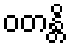
ဝတန္တိ